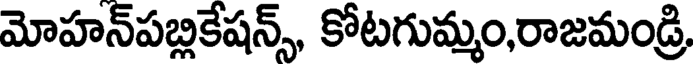
మోహన్పబ్లికేషన్స్, కోటగుమ్మం,రాజమండ్రి,